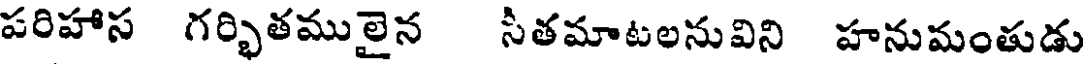
పరిహాస గర్భితములైన సీతమాటలనువిని హనుమంతుడు